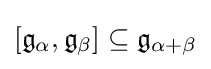
[{\mathfrak {g}}_{\alpha },{\mathfrak {g}}_{\beta }]\subseteq {\mathfrak {g}}_{\alpha +\beta }